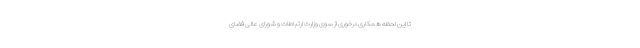
تا این لحظه همکاری درخوری از سوی وزارت ارتباطات و شورای عالی فضای